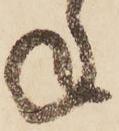
ね